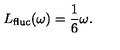
L _ { \mathrm { f l u c } } ( \omega ) = \frac { 1 } { 6 } \omega .